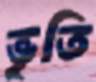
ভৃতি